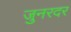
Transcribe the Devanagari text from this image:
जुनरदर